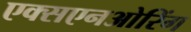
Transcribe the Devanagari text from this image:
एक्सएनओरिंग